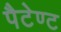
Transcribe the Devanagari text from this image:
पैटेण्ट